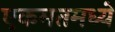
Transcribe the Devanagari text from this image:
एकमतमध्ये